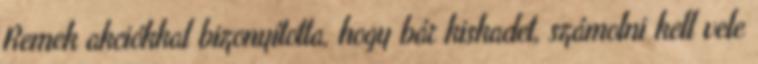
Remek akciókkal bizonyította, hogy bár kiskadet, számolni kell vele